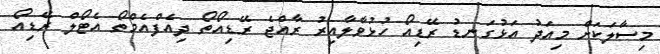
މިސާލަކަށް މިއަދު އަޅުގަނޑު ރޭޑިއޯ ހުޅުވާލާއިރު ރާއްޖެ ރޭޑިއޯތޯ ދިއެފްއެމްތޯ އެޓޯލް ރޭޑިއޯ